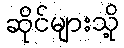
ဆိုင်များသို့